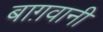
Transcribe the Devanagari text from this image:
बाग़वानी